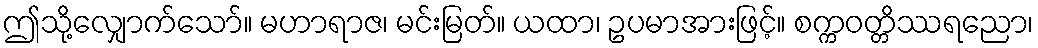
ဤသို့လျှောက်သော်။ မဟာရာဇ၊ မင်းမြတ်။ ယထာ၊ ဥပမာအားဖြင့်။ စက္ကဝတ္တိဿရညော၊